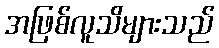
အဖြစ်လူသိများသည်